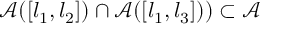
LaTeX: \mathcal { A } ( [ l _ { 1 } , l _ { 2 } ] ) \cap \mathcal { A } ( [ l _ { 1 } , l _ { 3 } ] ) ) \subset \mathcal { A }